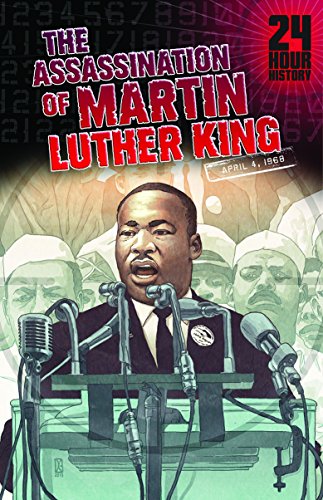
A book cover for The Assassination of Martin Luther King, Jr: April 4, 1968 (24-Hour History); Terry Collins; Children's Books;